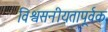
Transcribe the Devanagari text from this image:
विश्वसनीयतापूर्वक